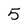
Character: 5